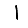
Digit: 1